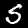
Digit: 5